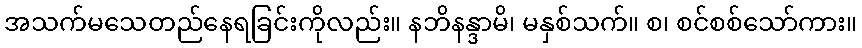
အသက်မသေတည်နေရခြင်းကိုလည်း။ နဘိနန္ဒာမိ၊ မနှစ်သက်။ စ၊ စင်စစ်သော်ကား။